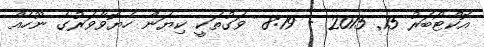
އޮކްޓޯބަރު 15